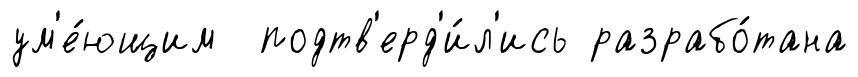
ум'е́ющим подтв'ерд'и́л'ись разрабо́тана